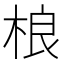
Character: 桹